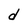
Character: d